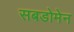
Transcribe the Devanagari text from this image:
सबडोमेन